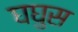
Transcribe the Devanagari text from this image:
घघुस